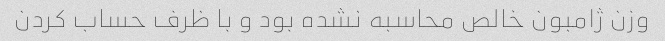
وزن ژامبون خالص محاسبه نشده بود و با ظرف حساب کردن